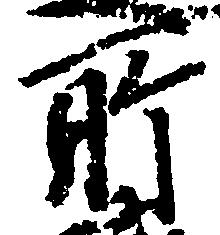
所